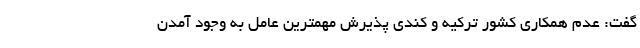
گفت: عدم همکاری کشور ترکیه و کندی پذیرش مهمترین عامل به وجود آمدن